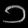
Digit: ၁